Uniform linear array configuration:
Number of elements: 12
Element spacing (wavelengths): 0.75
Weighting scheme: cosine
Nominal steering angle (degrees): -45
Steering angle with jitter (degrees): -45.796
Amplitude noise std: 0.05
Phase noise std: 0.05

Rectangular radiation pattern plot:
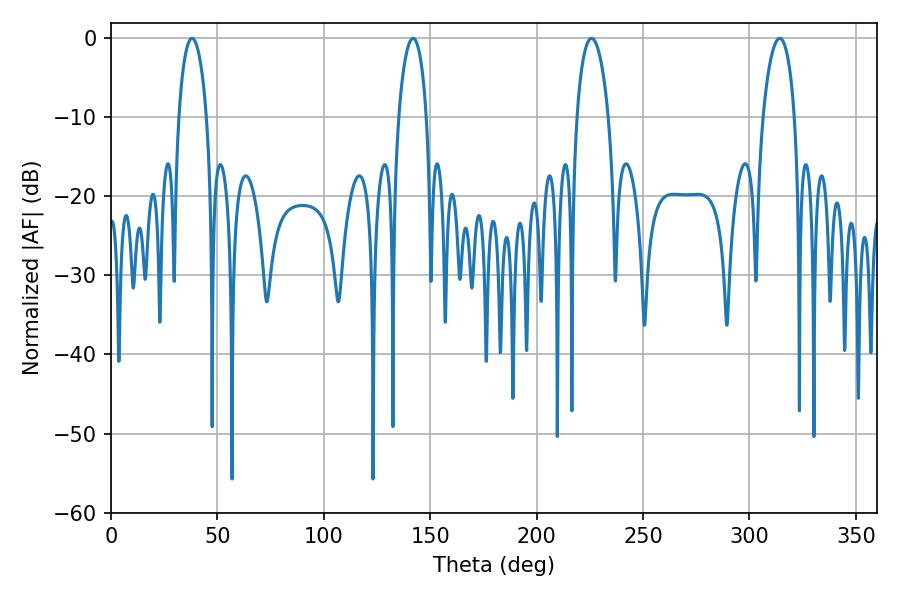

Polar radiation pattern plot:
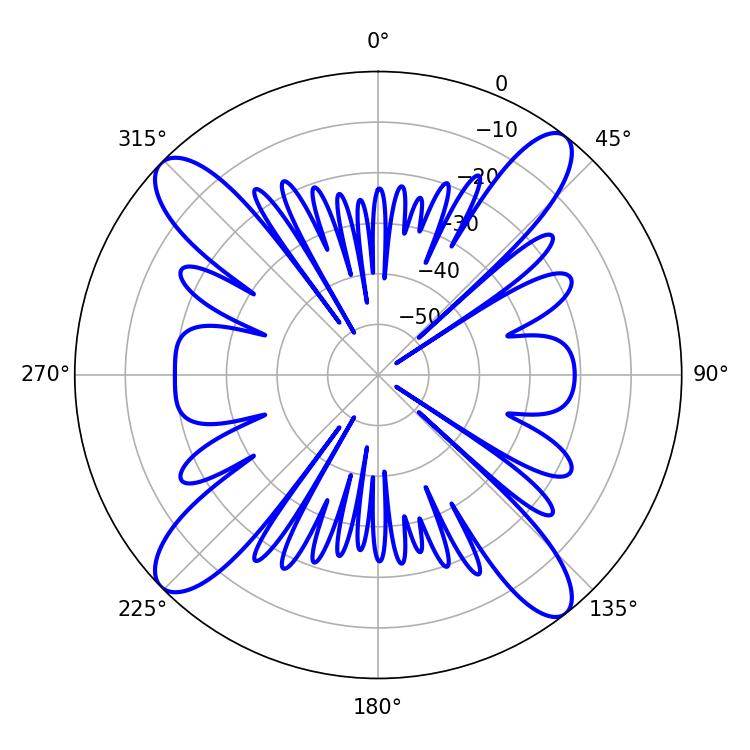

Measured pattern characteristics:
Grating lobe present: TRUE
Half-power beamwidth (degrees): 8.46
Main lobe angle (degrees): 225.72